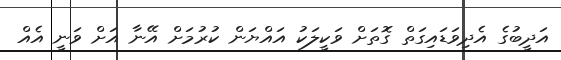
އަދީބުގެ އެދިވަޑައިގަތް ގޮތަށް ވަކީލަކު އައްޔަން ކުރުމަށް އޭނާ އަށް ވަނީ އެއް